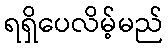
ရရှိပေလိမ့်မည်